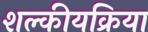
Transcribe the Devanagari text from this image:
शल्कीयक्रिया